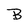
Character: B